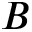
B